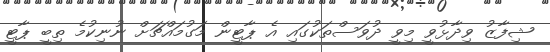
ޝިފާޒު ވިދާޅުވީ މިވީ ދުވަސްތަކުގައި އެ ޕާޓީން މަގުމައްޗަށް ނުނިކުމެ ތިބީ ޕާޓީ